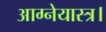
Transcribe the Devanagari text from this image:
आग्नेयास्त्र।